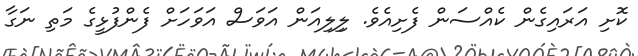
ކޮށި އަރައިގެން ކެއްސަން ފެށިއެވެ. ލިިލިއަން އަވަސް އަވަހަށް ފެންފުޅީގެ މަތި ނަގާ